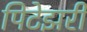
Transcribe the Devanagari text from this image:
पिटेझरी